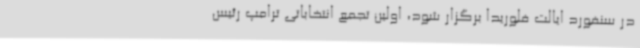
در سنفورد ایالت فلوریدا برگزار شود، اولین تجمع انتخاباتی ترامپ رئیس